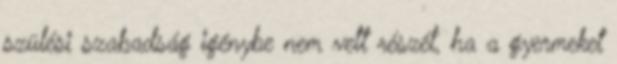
szülési szabadság igénybe nem vett részét, ha a gyermeket